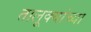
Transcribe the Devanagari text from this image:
तालूक्यांच्या